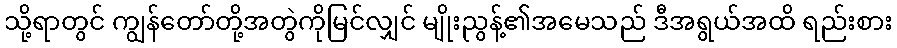
သို့ရာတွင် ကျွန်တော်တို့အတွဲကိုမြင်လျှင် မျိုးညွန့်၏အမေသည် ဒီအရွယ်အထိ ရည်းစား